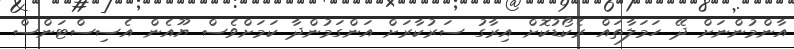
އާންމުންނަށް ދޭ ހަމަލާތައް ރެކޯޑުކޮށް އިރާގު ސަރުކާރަށް އަންގަމުންދާ ކަމަށްވެސް ޔޫއެން އެސިސްޓަންސް